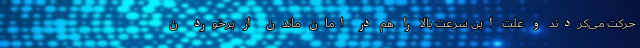
حرکت می‌کردند و علت این سرعت بالا را هم در امان ماندن از برخورد ن